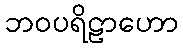
ဘဝပရိဠာဟော